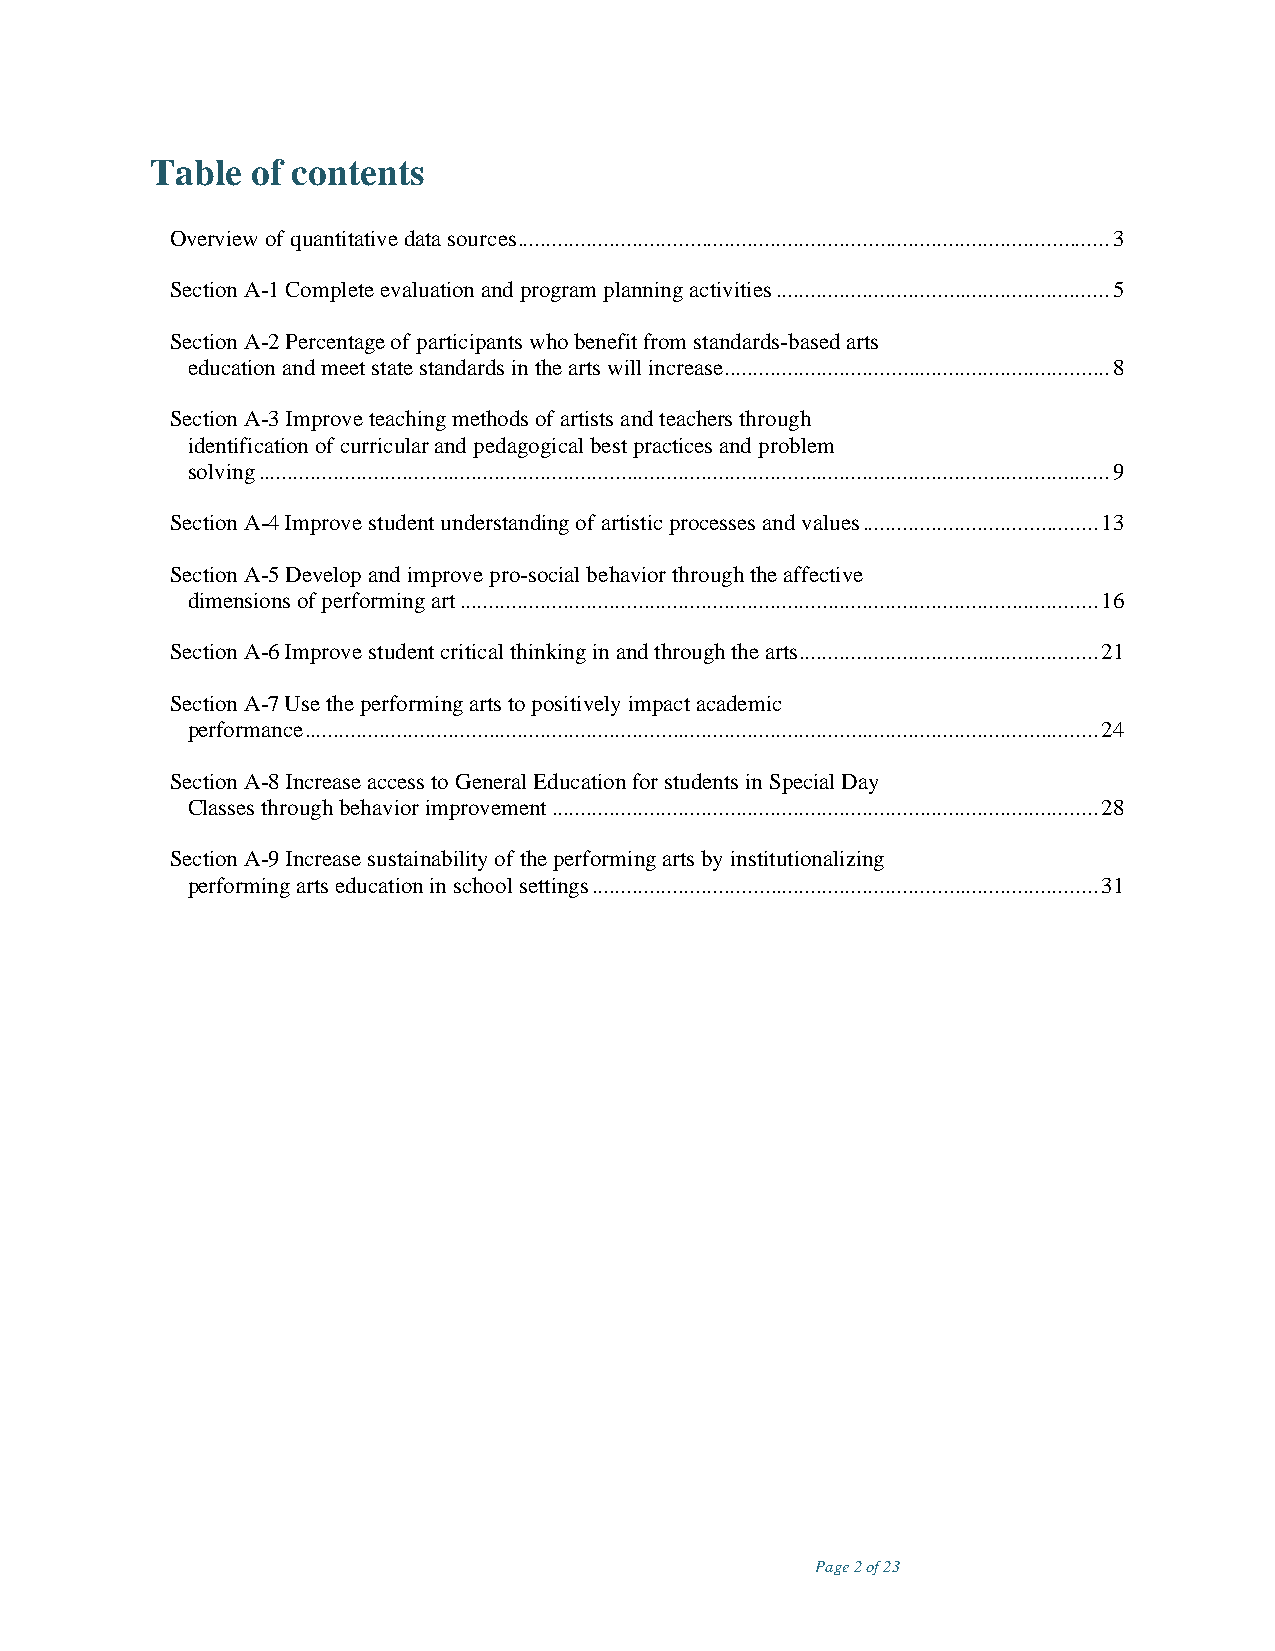
Table  of contents
 Overview of quantitative data sources ....................................................................................................... 3
 Section A-1 Complete evaluation and program planning activities .......................................................... 5
 Section A-2 Percentage of participants who benefit from standards-based arts
 education and meet state standards in the arts will increase. .................................................................. 8
 Section A-3 Improve teaching methods of artists and teachers through
 identification of curricular and pedagogical best practices and problem
 solving .................................................................................................................................................... 9
 Section A-4 Improve student understanding of artistic processes and values ......................................... 13
 Section A-5 Develop and improve pro-social behavior through the affective
 dimensions of performing art ............................................................................................................... 16
 Section A-6 Improve student critical thinking in and through the arts .................................................... 21
 Section A-7 Use the performing arts to positively impact academic
 performance .......................................................................................................................................... 24
 Section A-8 Increase access to General Education for students in Special Day
 Classes through behavior improvement ............................................................................................... 28
 Section A-9 Increase sustainability of the performing arts by institutionalizing
 performing arts education in school settings ........................................................................................ 31
 Page 2 of 23